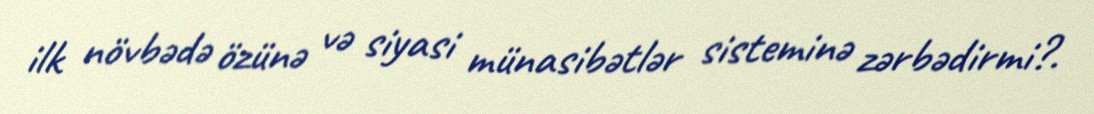
ilk növbədə özünə və siyasi münasibətlər sisteminə zərbədirmi?.